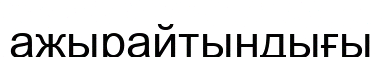
ажырайтындығы